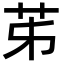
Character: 𦬷